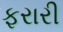
ફરારી